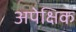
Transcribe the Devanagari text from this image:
अपेक्षिक